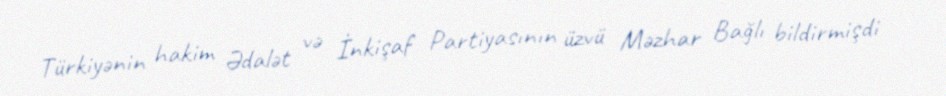
Türkiyənin hakim Ədalət və İnkişaf Partiyasının üzvü Məzhar Bağlı bildirmişdi